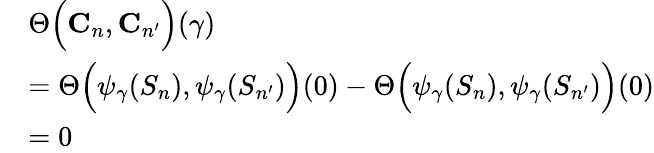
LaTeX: \begin{array}{rl}&{\Theta\Big(\mathbf{C}_{n},\mathbf{C}_{n^{\prime}}\Big)(\gamma)}\\ &{=\Theta\Big(\psi_{\gamma}(S_{n}),\psi_{\gamma}(S_{n^{\prime}})\Big)(0)-\Theta\Big(\psi_{\gamma}(S_{n}),\psi_{\gamma}(S_{n^{\prime}})\Big)(0)}\\ &{=0}\end{array}